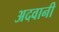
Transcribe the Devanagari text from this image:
अदवानी